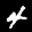
Label: 4